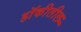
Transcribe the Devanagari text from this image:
हॉकीतील